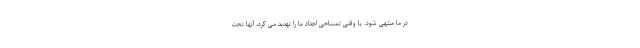
در ما منتهی شود. یا وقتی تمساحی اجداد ما را تهدید می کرد، آنها تحت